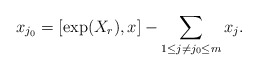
\begin{align*} x_{j_0}=[\exp(X_{r}),x]-\sum_{1\leq j\neq j_0\leq m} x_j.\end{align*}